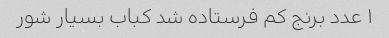
١ عدد برنج کم فرستاده شد کباب بسیار شور